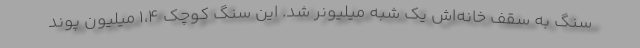
سنگ به سقف خانه‌اش یک شبه میلیونر شد. این سنگ کوچک ۱،۴ میلیون پوند